Lunatic asylums United Prov. 1922-30 - 1922-1930
Year: 1922
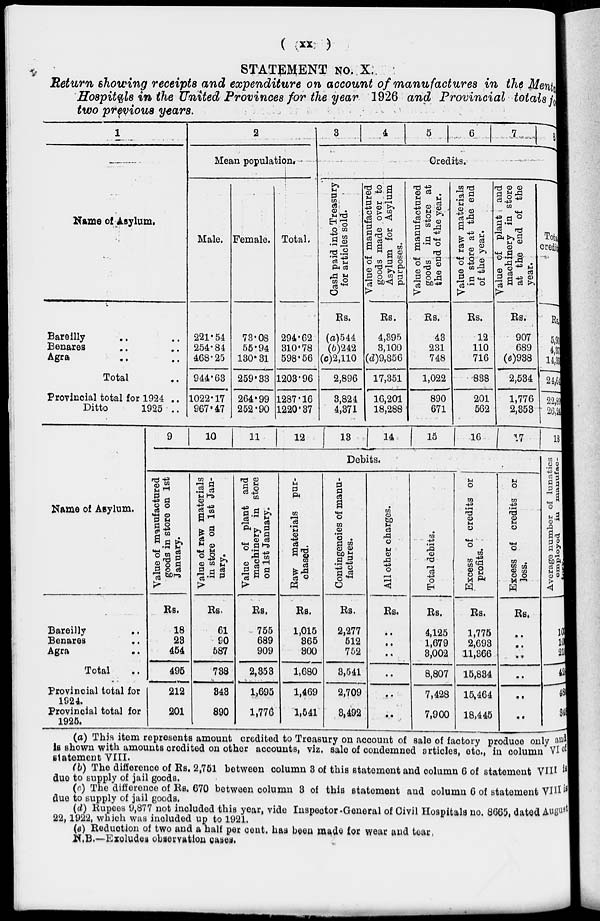
(
xx
)
STATEMENT NO. X.
Return showing receipts and expenditure on account of manufactures in the Mental
Hospitals in the United Provinces for the year 1926 and Provincial totals for
two previous years.
1
Name of Asylum.
Bareilly .. ..
Benares .. ..
Agra .. ..
Total ..
Provincial total for 1924 ..
Ditto
1925 ..
2
Mean population
Male.
221.54
254.84
468.25
944.63
1022.17
967.47
Female.
73.08
55.94
130.31
259.33
264.99
252.90
Total.
294.62
310.78
598.56
1203.96
1287.16
1220.37
3
4
5
6
7
8
Credits.
Cash paid into Treasury
for articles sold.
Rs.
(a)544
(b)242
(c)2,110
2,896
3,824
4,371
Value of manufactured
goods made over to
Asylum for Asylum
purposes.
Rs.
4,395
3,100
(d)9,856
17,351
16,201
18,288
Value of manufactured
goods in store at
the end of the year.
Rs.
43
231
748
1,022
890
671
Value of raw materials
in store at the end
of the year.
Rs.
12
110
716
838
201
562
Value of plant and
machinery in store
at the end of the
year.
Rs.
907
689
(e)938
2,534
1,776
2,353
Total
credit
Rs.
5,90
4,37
14,36
24,64
22,89
26,24
Name of Asylum.
Bareilly ..
Benares ..
Agra
..
Total
Provincial total for
1924.
Provincial total for
1925.
9
10
11
12
18
14
15
16 17
Debits.
Value of manufactured
goods in store on 1st
January.
Rs.
18
23
454
495
212
201
Value of raw materials
in store on 1st Jan-
uary.
Rs.
61
90
587
738
343
890
Value of plant and
machinery in store
on 1st January.
Rs.
755
689
909
2,353
1,695
1,776
Raw materials pur-
chased.
Rs.
1,015
365
300
1,680
1,469
1,541
Contingencies of manu-
factures.
Rs.
2,277
512
752
3,541
2,709
3,492
All other charges.
Rs.
..
..
..
..
..
..
Total debits.
Rs.
4,125
1,679
8,002
8,807
7,428
7,900
Excess of credits or
profits.
Rs.
1,775
2,693
11,366
15,834
15,464
18,445
Excess of credits or
loss.
Rs.
..
..
..
..
..
..
18
Average number of lunatics
employed
in
manufac-
10
10
21
42
48
348
(a) This item represents amount credited to Treasury on account of sale of factory produce only and
is shown with amounts credited on other accounts, viz. sale of condemned articles, etc., in column VI of
statement VIII.
(b) The difference of Rs. 2,751 between column 3 of this statement and column 6 of statement VIII is
due to supply of jail goods.
(c) The difference of Rs. 670 between column 8 of this statement and column 6 of statement VIII is
due to supply of jail goods.
(d) Rupees 9,877 not included this year, vide Inspector-General of Civil Hospitals no. 8665, dated August
22,1922, which was included up to 1921.
(e) Reduction of two and a half per cent, has been made for wear and tear
N.B.—Excludes observation cases.